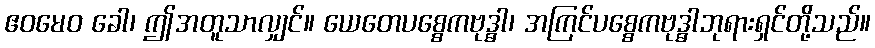
ဧဝမေဝ ခေါ၊ ဤအတူသာလျှင်။ ယေတေပစ္စေကဗုဒ္ဓါ၊ အကြင်ပစ္စေကဗုဒ္ဓါဘုရားရှင်တို့သည်။